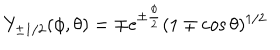
Y _ { \pm 1 / 2 } ( \phi , \theta ) = \mp e ^ { \pm \frac { \phi } { 2 } } ( 1 \mp \cos \theta ) ^ { 1 / 2 }